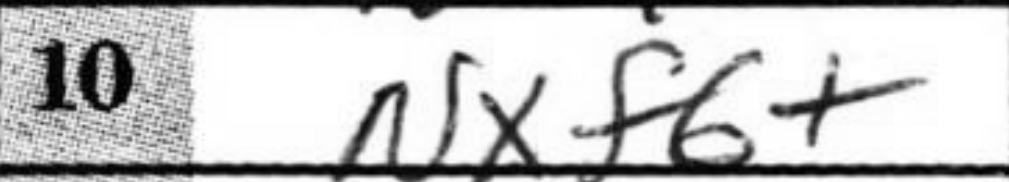
Transcription: Nxf6+